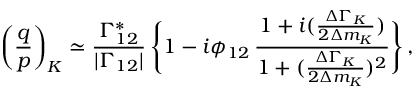
\bigg ( { \frac { q } { p } } \bigg ) _ { K } \simeq { \frac { \Gamma _ { 1 2 } ^ { * } } { | \Gamma _ { 1 2 } | } } \, \Bigg \{ 1 - i \phi _ { 1 2 } \, { \frac { 1 + i ( { \frac { \Delta \Gamma _ { K } } { 2 \Delta m _ { K } } } ) } { 1 + ( { \frac { \Delta \Gamma _ { K } } { 2 \Delta m _ { K } } } ) ^ { 2 } } } \Bigg \} \, ,